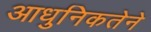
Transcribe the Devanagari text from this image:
आधुनिकतेने